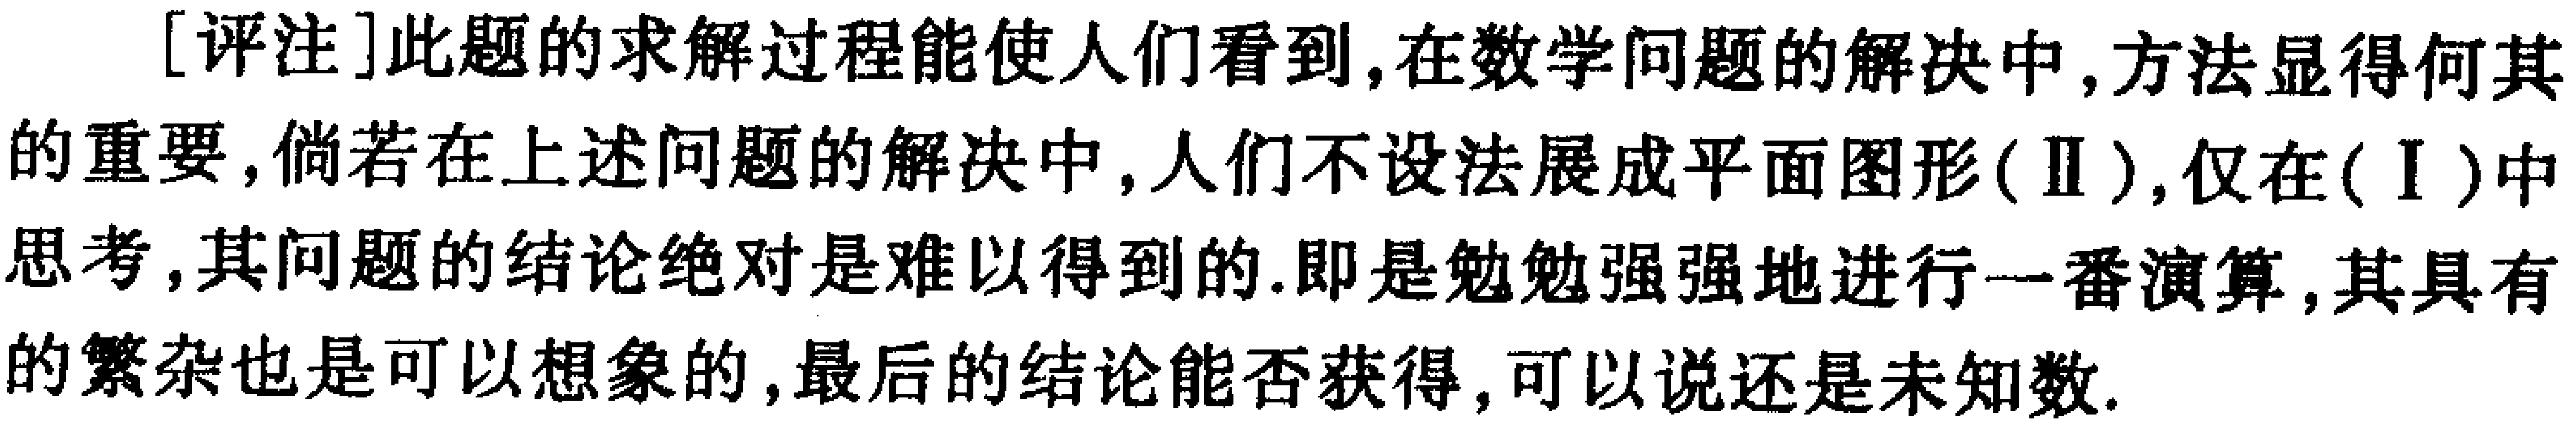
[评注]此题的求解过程能使人们看到,在数学问题的解决中,方法显得何其的重要,倘若在上述问题的解决中,人们不设法展成平面图形(Ⅱ),仅在(Ⅰ)中思考,其问题的结论绝对是难以得到的.即是勉勉强强地进行一番演算,其具有的繁杂也是可以想象的,最后的结论能否获得,可以说还是未知数.